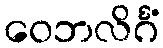
ဝေဘလိင်္ဂံ